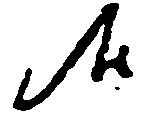
候